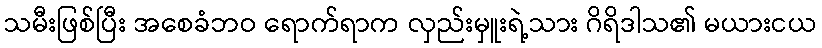
သမီးဖြစ်ပြီး အစေခံဘဝ ရောက်ရာက လှည်းမှူးရဲ့သား ဂိရိဒါသ၏ မယားငယ